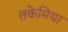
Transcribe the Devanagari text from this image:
तकेमिया